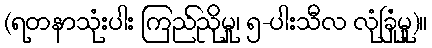
(ရတနာသုံးပါး ကြည်ညိုမှု၊ ၅-ပါးသီလ လုံခြုံမှု)။